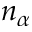
n _ { \alpha }